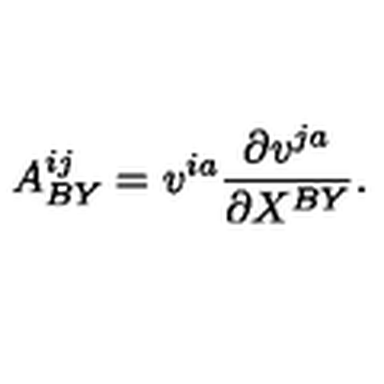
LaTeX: A _ { B Y } ^ { i j } = v ^ { i a } { \frac { \partial v ^ { j a } } { \partial X ^ { B Y } } } .